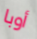
أوبا